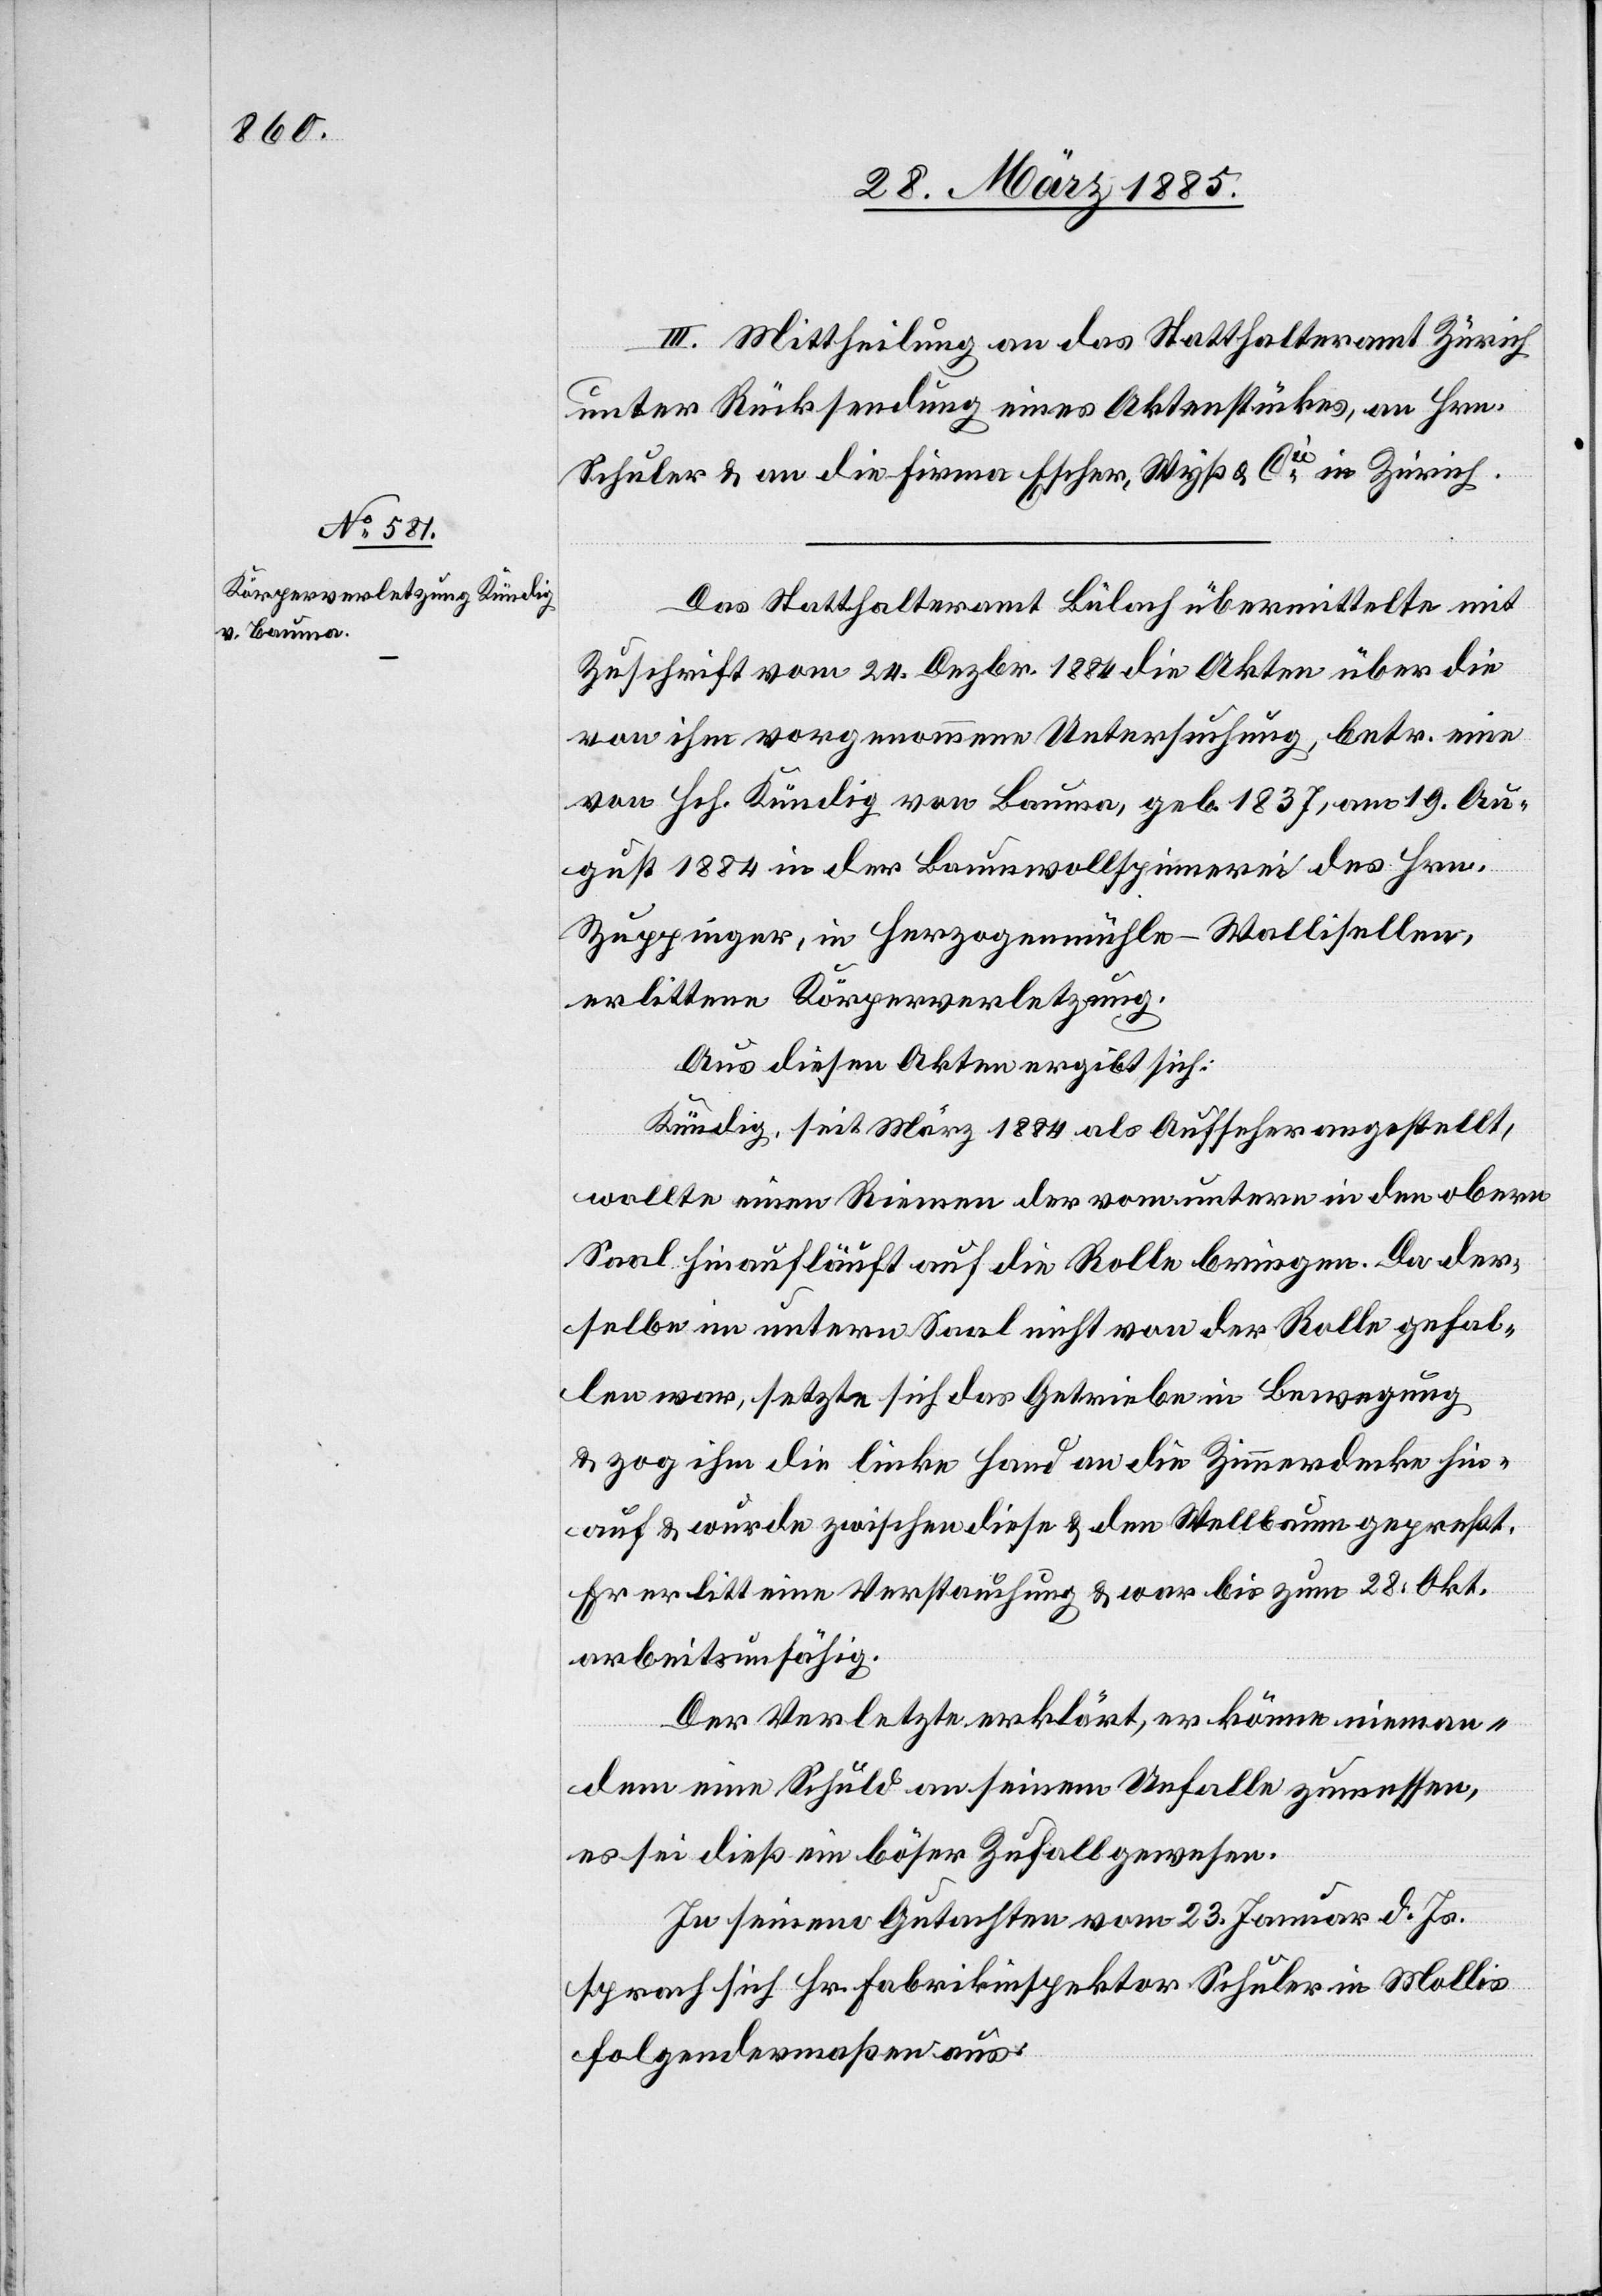
III. Mittheilung an das Statthalteramt Zürich
unter Rücksendung eines Aktenstückes, an Hrn.
Schuler & an die Firma Escher, Wyß & Cie in Zürich.
Das Statthalteramt Bülach übermittelte mit
Zuschrift vom 24. Dezbr. 1884 die Akten über die
von ihm vorgenommene Untersuchung, betr. eine
von Hch. Kündig von Bauma, geb. 1837, am 19. Au¬
gust 1884 in der Baumwollspinnerei des Hrn.
Zuppinger, in Herzogenmühle - Wallisellen,
erlittene Körperverletzung.
Aus diesen Akten ergibt sich:
Kündig, seit März 1884 als Aufseher angestellt,
wollte einen Riemen der vom untern in den obern
Saal hinaufläuft auf die Rolle bringen. Da der¬
selbe im untern Saal nicht von der Rolle gefal¬
len war, setzte sich das Getriebe in Bewegung
& zog sich die linke Hand an die Zimmerdecke hin¬
auf & wurde zwischen diese & den Wellbaum gepreßt.
Er erlitt eine Verstauchung & war bis zum 28. Okt.
arbeitsunfähig.
Der Verletzte erklärt, er könne nieman¬
dem eine Schuld an seinem Unfalle zumessen,
es sei dieß ein böser Zufall gewesen.
In seinem Gutachten vom 23. Januar d. Js.
sprach sich Hr. Fabrikinspektor Schuler in Mollis
folgendermaßen aus: